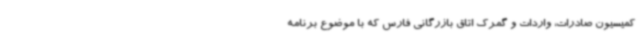
کمیسیون صادرات، واردات و گمرک اتاق بازرگانی فارس که با موضوع برنامه